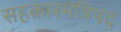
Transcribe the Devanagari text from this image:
सहकारमंत्रिपद